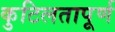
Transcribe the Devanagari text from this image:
कुटिलतापूर्ण